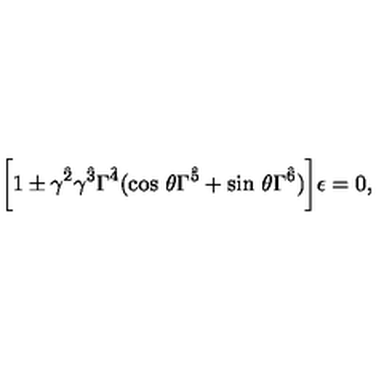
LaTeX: \biggl [ 1 \pm \gamma ^ { \hat { 2 } } \gamma ^ { \hat { 3 } } \Gamma ^ { \hat { 4 } } ( \mathrm { c o s } \ \theta \Gamma ^ { \hat { 5 } } + \mathrm { s i n } \ \theta \Gamma ^ { \hat { 6 } } ) \biggr ] \epsilon = 0 ,